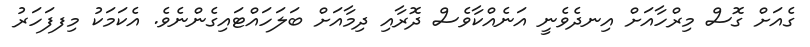
ގެއަށް ގޮސް މިރްހާއަށް އިނދެވެނީ އަނެއްކާވެސް ދޮރާއި ދިމާއަށް ބަލަހައްޓައިގެންނެވެ. އެކަމަކު މިފފަހަރު